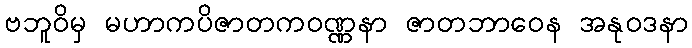
ဗဘူဝိမှ မဟာကပိဇာတကဝဏ္ဏနာ ဇာတဘာဝေန အနုဝဒနာ